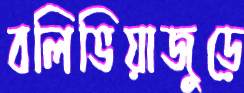
বলিভিয়াজুড়ে